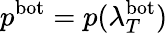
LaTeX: p^{\mathrm{bot}}=p(\lambda_{T}^{\mathrm{bot}})